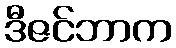
ဒီဇင်ဘာက